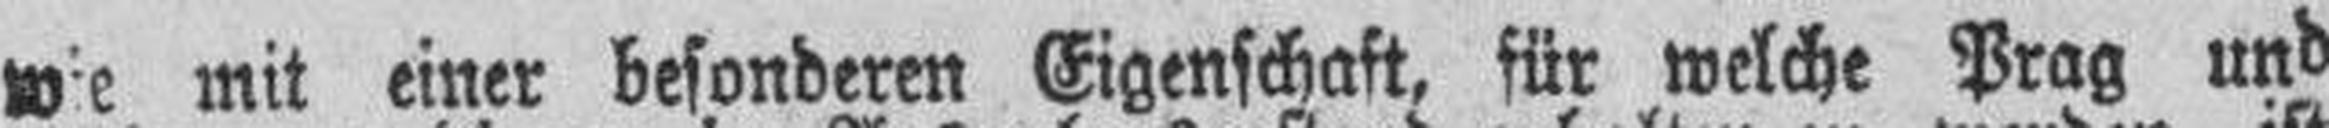
wie mit einer besonderen Eigenschaft, für welche Prag und